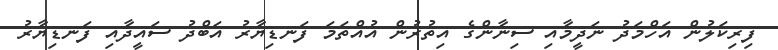
ފިރިކަލުން އަހްމަދު ނަދީމާއި ސިނާންގެ އިތުރުން އުއްތަމަ ފަނޑިޔާރު އަބްދު ސައީދާއި ފަނޑިޔާރު